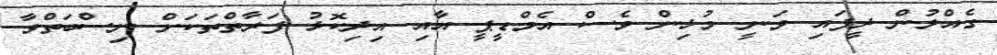
ގެއްލުން ދީފައި ވަނީ މުޅިން ވެސް އެމްޑީޕީ އާއި އިދިކޮޅު ފަރާތްތަކަށް ނިސްބަތްވާ